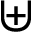
\uplus